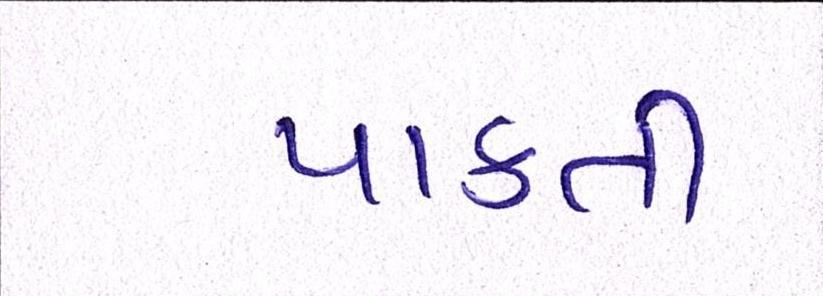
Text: પાકતી